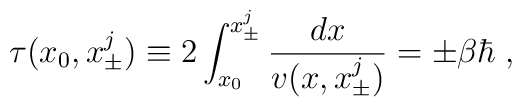
\tau(x_0,x_{\pm}^j)\equiv 2\int_{x_0}^{x_{\pm}^j}\frac{dx}{v(x,x_{\pm}^j)}=\pm\beta\hbar\;,